Annual report of the Punjab Veterinary College and of the Civil Veterinary Department, Punjab - 1926-1932
Year: 1926
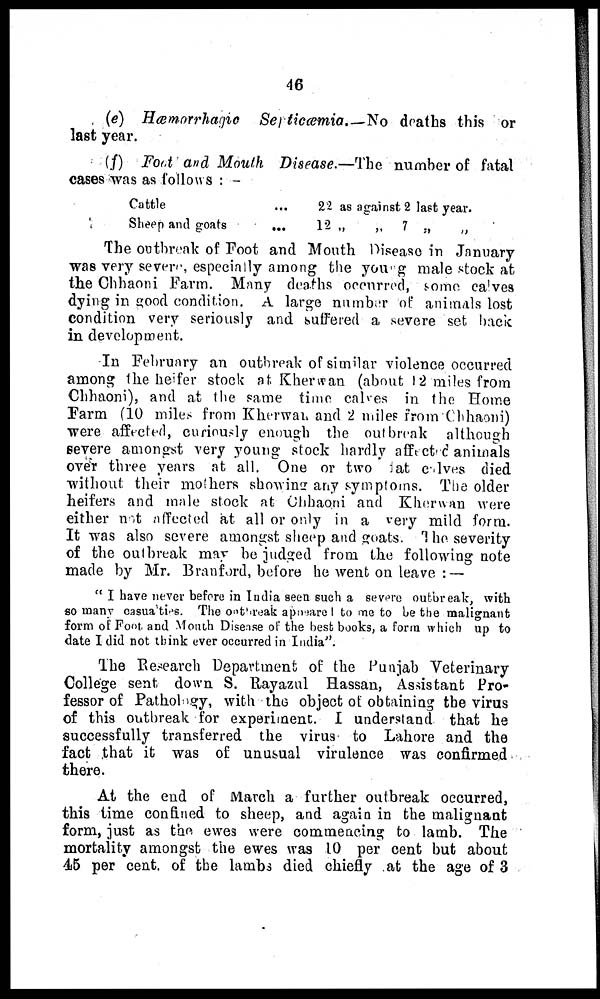
46
(e) Hæmorrhagic
Septicæmia.—No
deaths this or
last year.
(f) Foot and Mouth Disease.—The number of fatal
cases was as follows:-
Cattle
Sheep and goats
...
...
22 as against 2 last year.
12 „ „ 7 „ „
The outbreak of Foot and Mouth Disease in January
was very severe, especially among the young male stock at
the Chhaoni Farm. Many deaths occurred, some calves
dying in good condition. A large number of animals lost
condition very seriously and suffered a severe set back
in development.
In February an outbreak of similar violence occurred
among the heifer stock at Kherwan (about 12 miles from
Chhaoni), and at the same time calves in the Home
Farm (10 miles from Kherwan and 2 miles from Chhaoni)
were affected, curiously enough the outbreak although
severe amongst very young stock hardly affected animals
over three years at all. One or two fat calves died
without their mothers showing any symptoms. The older
heifers and male stock at Chhaoni and Kherwan were
either not affected at all or only in a very mild form.
It was also severe amongst sheep and goats. The severity
of the outbreak may be judged from the following note
made by Mr. Branford, before he went on leave:—
"I have never before in India seen such a severe outbreak, with
so many casualties. The outbreak apneared to me to be the malignant
form of Foot and Month Disease of the best books, a form which up to
date I did not think ever occurred in India".
The Research Department of the Punjab Veterinary
College sent down S. Rayazul Hassan, Assistant Pro-
fessor of Pathology, with the object of obtaining the virus
of this outbreak for experiment. I understand that he
successfully transferred the virus to Lahore and the
fact that it was of unusual virulence was confirmed
there.
At the end of March a further outbreak occurred,
this time confined to sheep, and again in the malignant
form, just as the ewes were commencing to lamb. The
mortality amongst the ewes was 10 per cent but about
45 per cent. of the lambs died chiefly at the age of 3